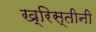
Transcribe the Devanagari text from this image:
ख्रिस्तीनी